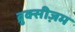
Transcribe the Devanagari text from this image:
ब्रुक्सीज़म